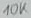
Text: 10k